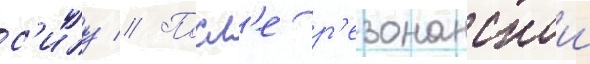
с'илу // Посл'е р'езонанснои